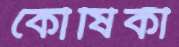
কৌষিকী